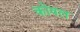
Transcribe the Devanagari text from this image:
कोषल